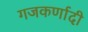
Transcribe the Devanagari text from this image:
गजकर्णादी